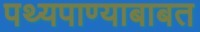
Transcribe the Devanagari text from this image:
पथ्यपाण्याबाबत